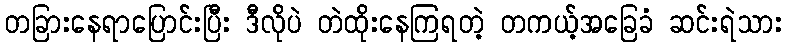
တခြားနေရာပြောင်းပြီး ဒီလိုပဲ တဲထိုးနေကြရတဲ့ တကယ့်အခြေခံ ဆင်းရဲသား